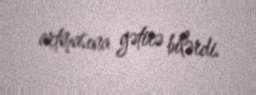
artmasına gətirə bilərdi.